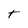
Character: T